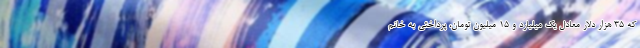
که 35 هزار دلار معادل یک میلیارد و 15 میلیون تومان، پرداختی به خانم